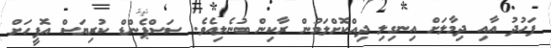
ފަހުދު އާއި ދިމާލަށް އިނގިލި ދިއްކޮށްލަމުން ރާކިން ބުނެލިއެވެ. ސަސްޕެންޑް ކުރިޔަސް އޮފީހަށް